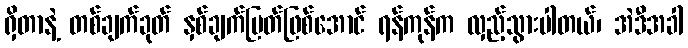
ရှိတာနဲ့ တစ်ချက်ခုတ် နှစ်ချက်ပြတ်ဖြစ်အောင် ရန်ကုန်က လှည့်သွားပါတယ်၊ အဲဒီအခါ